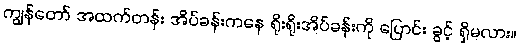
ကျွန်တော် အထက်တန်း အိပ်ခန်းကနေ ရိုးရိုးအိပ်ခန်းကို ပြောင်း ခွင့် ရှိမလား။